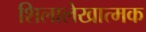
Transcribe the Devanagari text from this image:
शिलालेखात्‍मक